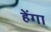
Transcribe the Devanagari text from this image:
हेंगा